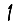
Digit: 1